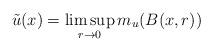
LaTeX: \begin{align*}\tilde u(x)=\limsup_{r\to 0}m_u(B(x,r))\end{align*}